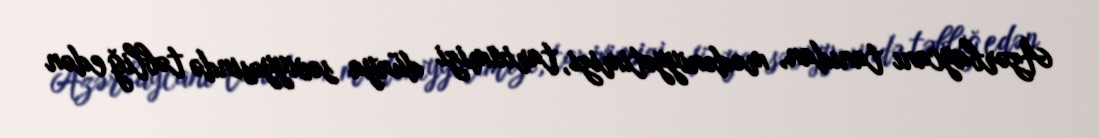
Azərbaycanı tanıdan, mədəniyyətimizi, tariximizi dünya səviyyəsində təbliğ edən